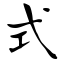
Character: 式